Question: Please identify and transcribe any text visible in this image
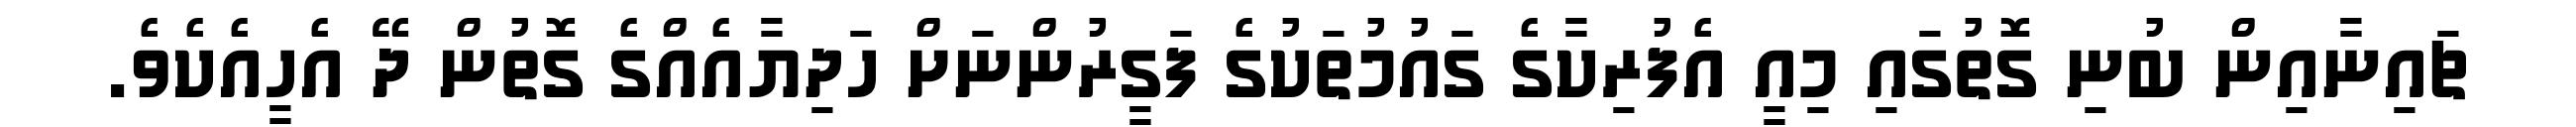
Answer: ޗައިނާއިން ބުނި ގޮތުގައި މިއީ އެފުރިކާގެ ގައުމުތަކުގެ ފަގީރުންނަށް ހަދިޔާއެއްގެ ގޮތުން ދޭ އެހީއެކެވެ.